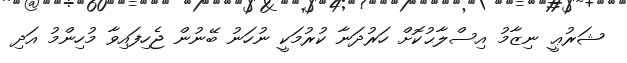
ޝަރުޢީ ނިޒާމު އިސްލާޙުކޮށް ހަރުދަނާ ކުރުމަކީ ނުހަނު ބޭނުން ޖެހިފައިވާ މުހިންމު އަދި